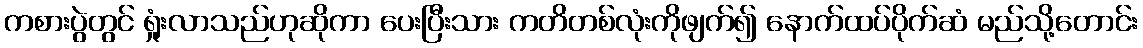
ကစားပွဲတွင် ရှုံးလာသည်ဟုဆိုကာ ပေးပြီးသား ကတိတစ်လုံးကိုဖျက်၍ နောက်ထပ်ပိုက်ဆံ မည်သို့တောင်း